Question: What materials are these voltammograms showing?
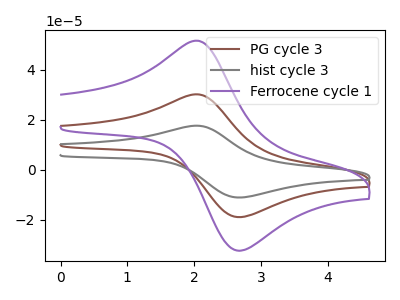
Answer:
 <answer>The brown curve is labeled "PG cycle 3". The gray curve is labeled "hist cycle 3". The purple curve is labeled "Ferrocene cycle 1".</answer>
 <eval></eval>